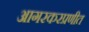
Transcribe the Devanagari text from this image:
आगरकरप्रणीत